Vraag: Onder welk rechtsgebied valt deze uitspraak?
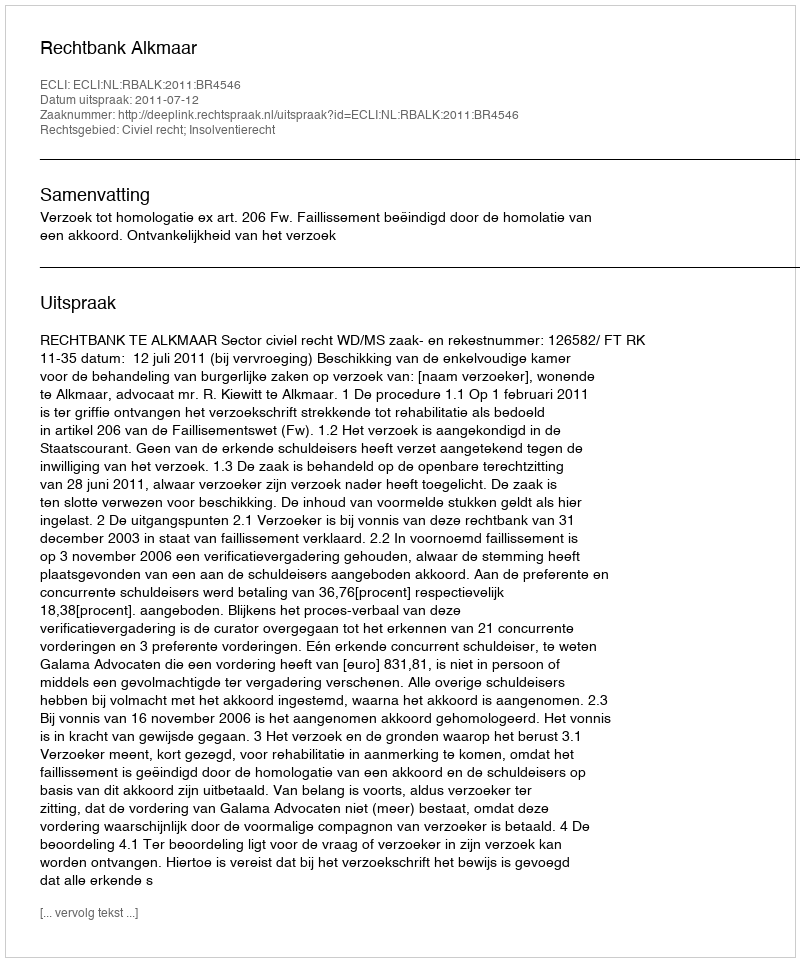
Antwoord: Civiel recht; Insolventierecht